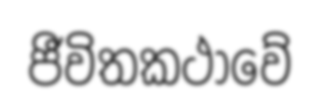
ජීවිතකථාවේ